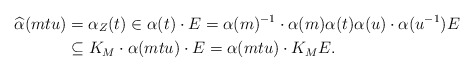
\begin{align*} \widehat\alpha(mtu) &= \alpha_Z(t)\in \alpha(t) \cdot E= \alpha(m)^{-1} \cdot \alpha(m) \alpha(t) \alpha(u) \cdot \alpha(u^{-1}) E\\&\subseteq K_M \cdot \alpha(mtu) \cdot E= \alpha(mtu) \cdot K_M E. \end{align*}